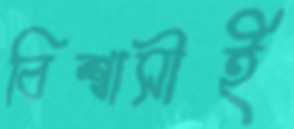
বিশ্বাসীই